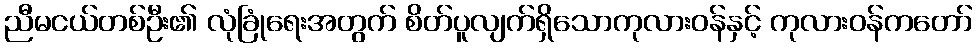
ညီမငယ်တစ်ဦး၏ လုံခြုံရေးအတွက် စိတ်ပူလျက်ရှိသောကုလားဝန်နှင့် ကုလားဝန်ကတော်